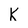
Character: K